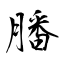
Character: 膰